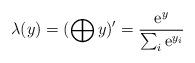
LaTeX: \begin{align*}\lambda(y) =(\bigoplus y)' = \frac{{\rm e}^y}{\sum_i{\rm e}^{y_i}}\end{align*}